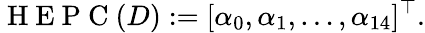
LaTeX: \mathrm{~H~E~P~C~}(D):=[\alpha_{0},\alpha_{1},\ldots,\alpha_{14}]^{\top}.